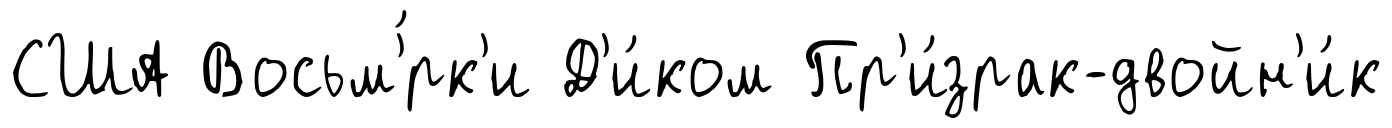
США Восьм'́рк'и Д'и́ком Пр'и́зрак-двойн'и́к